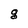
Character: g